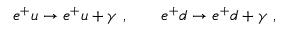
e ^ { + } u \to e ^ { + } u + \gamma ~ , \qquad e ^ { + } d \to e ^ { + } d + \gamma ~ ,